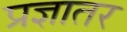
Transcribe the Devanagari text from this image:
प्रज्ञातर